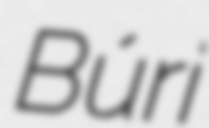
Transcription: Búri